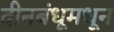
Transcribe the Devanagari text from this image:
दीनबंधूमधून